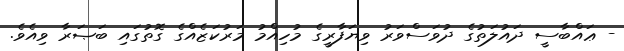
- ޢައްބާސީ ދައުލަތުގެ ދުވަސްވަރު ވިޔަފާރީގެ މުހިއްމު މަރުކަޒެއްގެ ގޮތުގައި ބަޞަރާ ވިއެވެ.